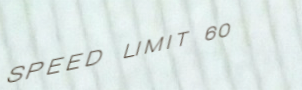
SPEED LIMIT 60